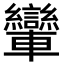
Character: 𨏶